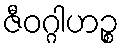
ဇီဝဂ္ဂါဟဉ္စ